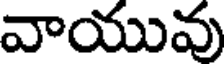
వాయువు